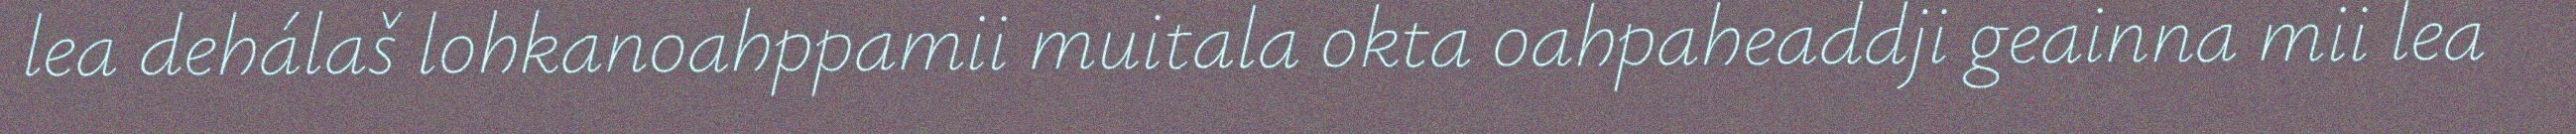
lea dehálaš lohkanoahppamii muitala okta oahpaheaddji geainna mii lea